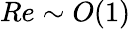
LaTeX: Re\sim O(1)